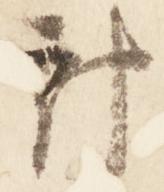
計